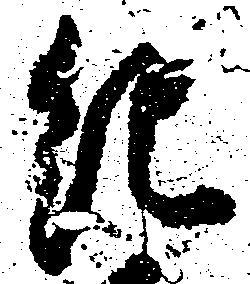
紀